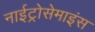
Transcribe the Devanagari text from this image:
नाईट्रोसेमाइंस